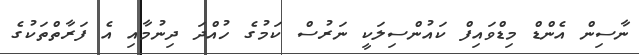
ނާސިން އެންޑް މިޑްވައިފް ކައުންސިލަކީ ނަރުސް ކަމުގެ ހުއްދަ ދިނުމާއި އެ ފަރާތްތަކުގެ